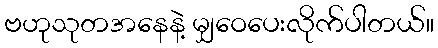
ဗဟုသုတအနေနဲ့ မျှဝေပေးလိုက်ပါတယ်။